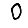
Digit: 0